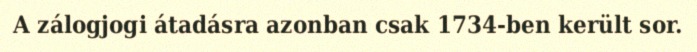
A zálogjogi átadásra azonban csak 1734-ben került sor.